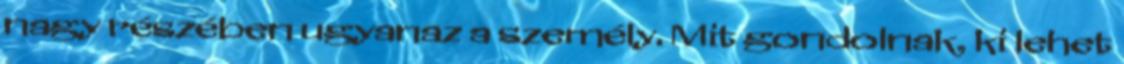
nagy részében ugyanaz a személy. Mit gondolnak, ki lehet